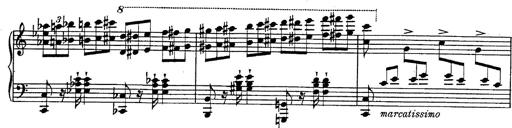
Title: Fantasie Ã¼ber Themen aus Mozarts Figaro und Don Giovanni
Composer: Franz Liszt